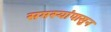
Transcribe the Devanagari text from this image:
समस्यांपासुन